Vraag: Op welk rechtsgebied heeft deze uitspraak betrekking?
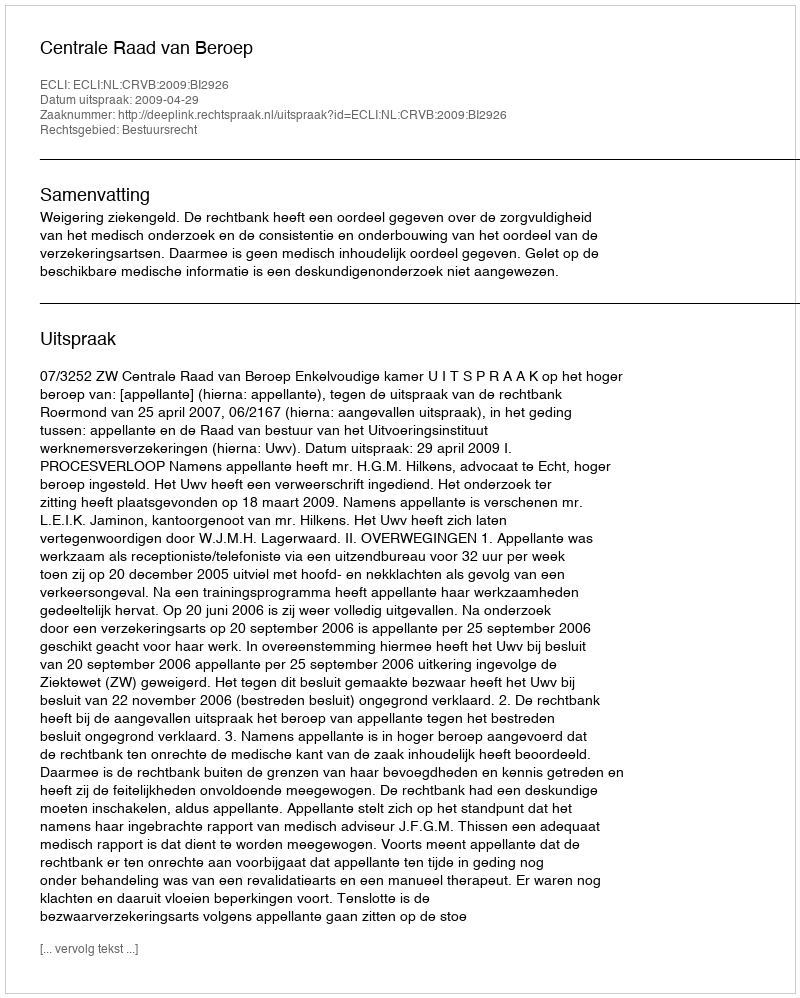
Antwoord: Bestuursrecht